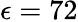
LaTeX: \epsilon=72